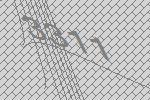
3311